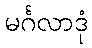
မင်္ဂလာဒုံ